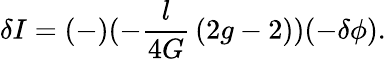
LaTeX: \delta I=(-)(-{\frac{l}{4G}}\, (2g-2))(-\delta\phi).